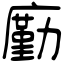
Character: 㢙